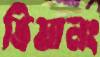
ভিয়ালং